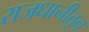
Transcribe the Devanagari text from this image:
राजधानीतून